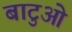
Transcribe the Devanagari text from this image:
बाटुओ